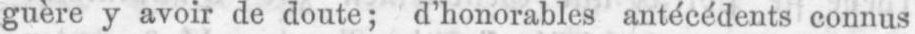
guère y avoir de doute; d’honorables antécédents connus